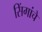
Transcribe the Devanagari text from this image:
सिंगांचे